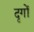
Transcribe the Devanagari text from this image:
दृगों